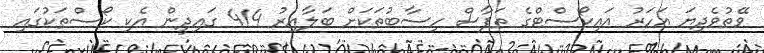
ވޭތުވެދިޔަ އަހަރު އައިކޯސްޓްގެ ތަފާސް ހިސާބުތަކަށް ބަލާއިރު 414 ގައިދީން އެކި ކޯސްތަކުގައި